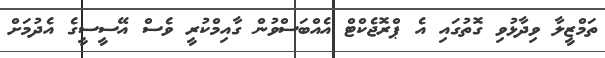
ތަމްޒީލާ ވިދާޅުވި ގޮތުގައި އެ ޕްރޮޖެކްޓް އެއްބަސްވުން ގާއިމްކުރީ ވެސް އޭސީސީގެ އެދުމަށް